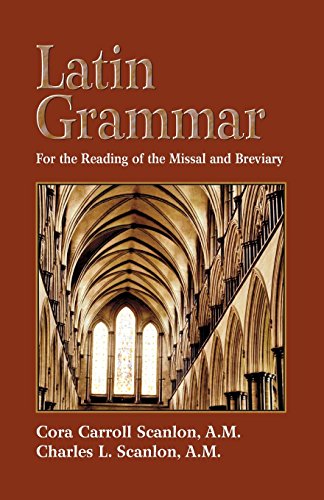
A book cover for Latin Grammar: Grammar Vocabularies, and Exercises in Preparation for the Reading of the Missal and Breviary; Cora Carroll Scanlon; Religion & Spirituality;